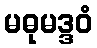
မဓုမဒ္ဒဝံ